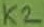
Text: K2